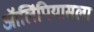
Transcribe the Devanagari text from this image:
ऑलिंपियासला